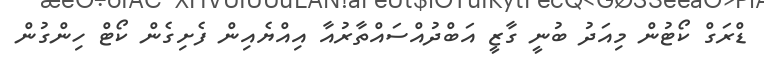
ޑްރަގް ކޯޓުން މިއަދު ބުނީ ގާޒީ އަބްދުއްސައްތާރުއާ އިއްޔެއިން ފެށިގެން ކޯޓް ހިންގުން